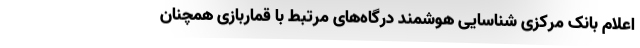
اعلام بانک مرکزی شناسایی هوشمند درگاه‌های مرتبط با قماربازی همچنان